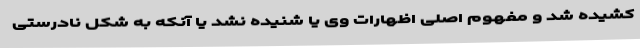
کشیده شد و مفهوم اصلی اظهارات وی یا شنیده نشد یا آنکه به شکل نادرستی